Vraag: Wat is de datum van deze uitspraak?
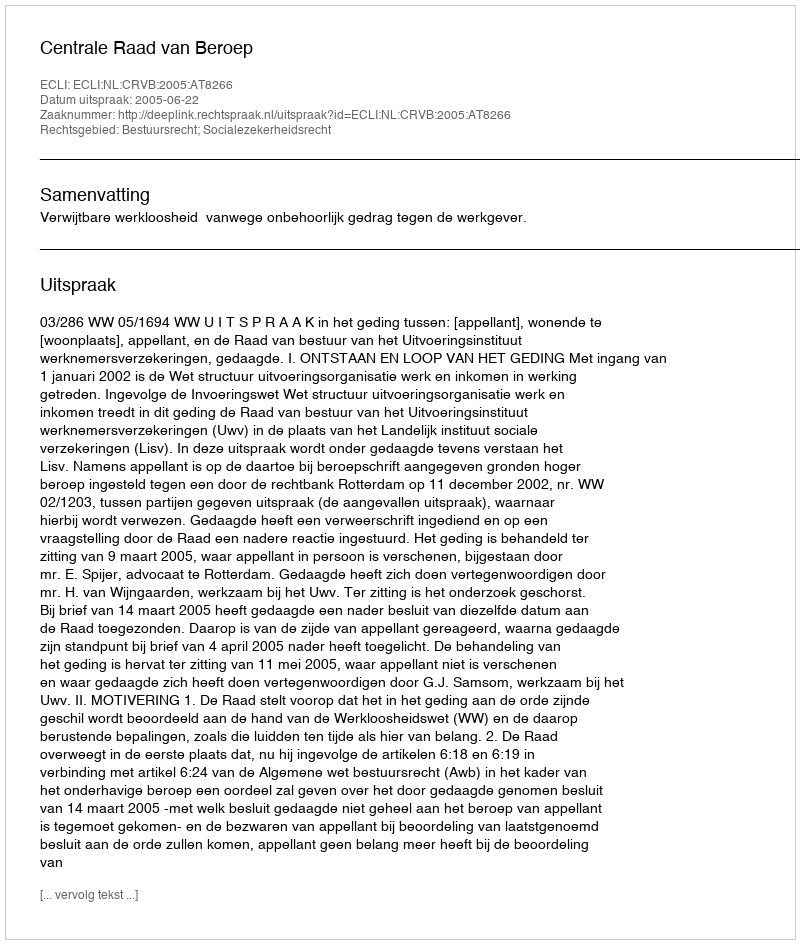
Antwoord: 2005-06-22